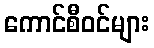
ကောင်စီဝင်များ